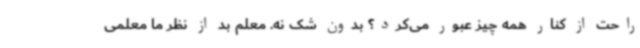
راحت از کنار همه چیز عبور می‌کرد؟ بدون شک نه. معلم بد از نظر ما معلمی